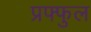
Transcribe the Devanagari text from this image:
प्रफ्फुल